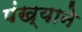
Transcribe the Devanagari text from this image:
पंख्याने